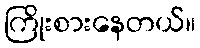
ကြိုးစားနေတယ်။